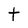
Character: t